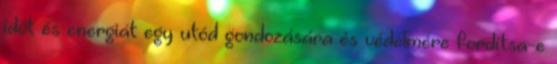
időt és energiát egy utód gondozására és védelmére fordítsa-e